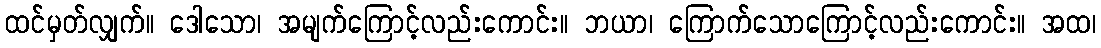
ထင်မှတ်လျှက်။ ဒေါသော၊ အမျက်ကြောင့်လည်းကောင်း။ ဘယာ၊ ကြောက်သောကြောင့်လည်းကောင်း။ အထ၊